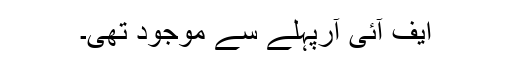
ایف آئی آرپہلے سے موجود تھی۔